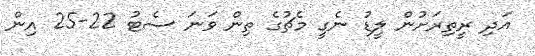
އަދި ރީތިރަށުން ލީޑު ނެގީ މެޗުގެ ތިން ވަނަ ސެޓު 22-25 އިން